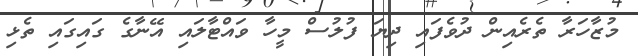
މުޒާހަރާ ތެރެއިން ދުވެފައި ދިޔަ ފުލުސް މީހާ ވައްޓާލައި އޭނާގެ ގައިގައި ތެޅި